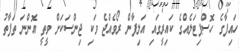
ހައިފާގެ ހޮސްޕިޓަލެއްގެ ކައިރީގައި އަލިފާން ރޯވެއްޖެ ވަކި ޖިންސަކަށް ވީތީ އޮންނަ ތަފާތު